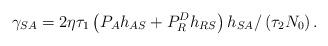
LaTeX: \begin{align*}\gamma _{SA} = {{2\eta \tau_1 \left( {P_A{h_{AS}} + P_R^D{h_{RS}}} \right){h_{SA}}}}/\left({{\tau_2{N_0}}}\right).\end{align*}